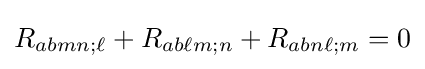
R_{abmn;\ell }+R_{ab\ell m;n}+R_{abn\ell ;m}=0